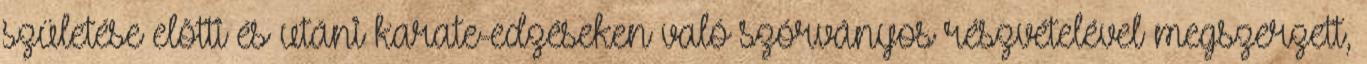
születése elõtti és utáni karate-edzéseken való szórványos részvételével megszerzett,